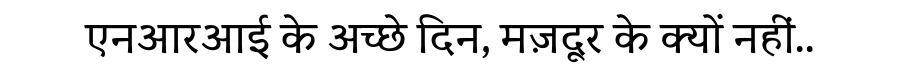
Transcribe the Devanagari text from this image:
एनआरआई के अच्छे दिन, मज़दूर के क्यों नहीं..